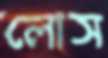
লোস